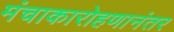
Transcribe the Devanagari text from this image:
मंचाकारोहणानंतर